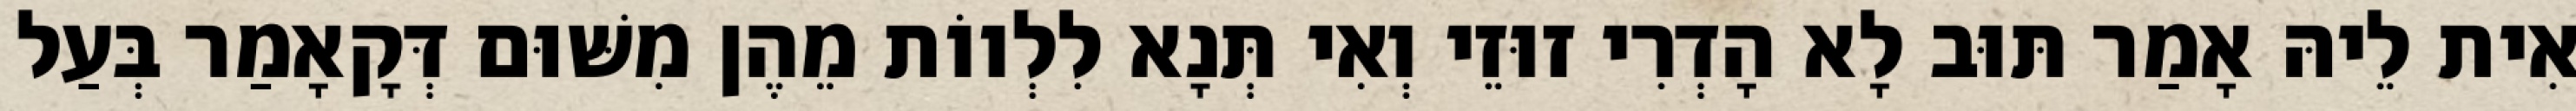
אִית לֵיהּ אָמַר תּוּב לָא הָדְרִי זוּזֵי וְאִי תְּנָא לִלְווֹת מֵהֶן מִשּׁוּם דְּקָאָמַר בְּעַל